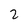
Character: 2